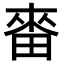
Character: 𤲝